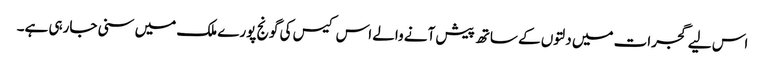
اس لیے گجرات میں دلتوں کے ساتھ پیش آنے والے اس کیس کی گونج پورے ملک میں سنی جارہی ہے۔